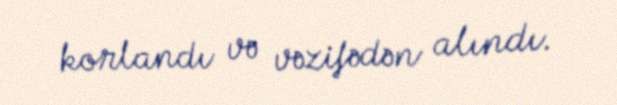
korlandı və vəzifədən alındı.